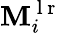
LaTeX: \mathbf{M}_{i}^{\mathrm{{~l~r~}}}